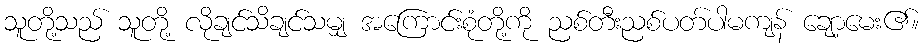
သူတို့သည် သူတို့ လိုချင်သိချင်သမျှ အကြောင်းစုံတို့ကို ညစ်တီးညစ်ပတ်ပါမကျန် ချော့မေး၏။